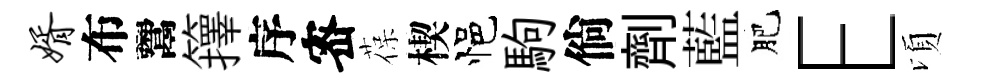
婿布鬻籜序宻葆楔悒駒倘劑藍肥E頃